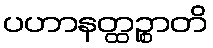
ပဟာနတ္ထဉ္စာတိ